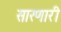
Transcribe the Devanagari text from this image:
सारणारी